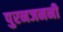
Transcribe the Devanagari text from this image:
पुरनजननी